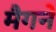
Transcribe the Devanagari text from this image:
मैगने